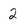
Character: 2